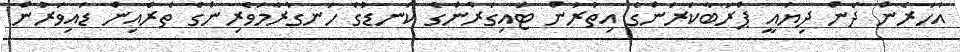
އަހަރެން ދެން ދިޔައީ ޕްރަބާކަރަންގެ އިތުރުން ޓައިގަރުންގެ ކަނޑުގެ ހަނގުރާމަވެރިންގެ ތެރެއިން ޑައިވަރުން